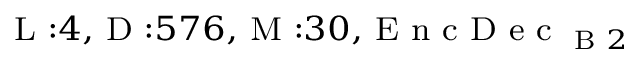
_ { \textrm { L } : 4 , \textrm { D } : 5 7 6 , \textrm { M } : 3 0 , \textrm { E n c D e c } _ { \textrm { B } 2 } }